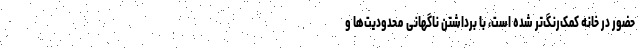
حضور در خانه کمک‌رنگ‌تر شده است، با برداشتن ناگهانی محدودیت‌ها و